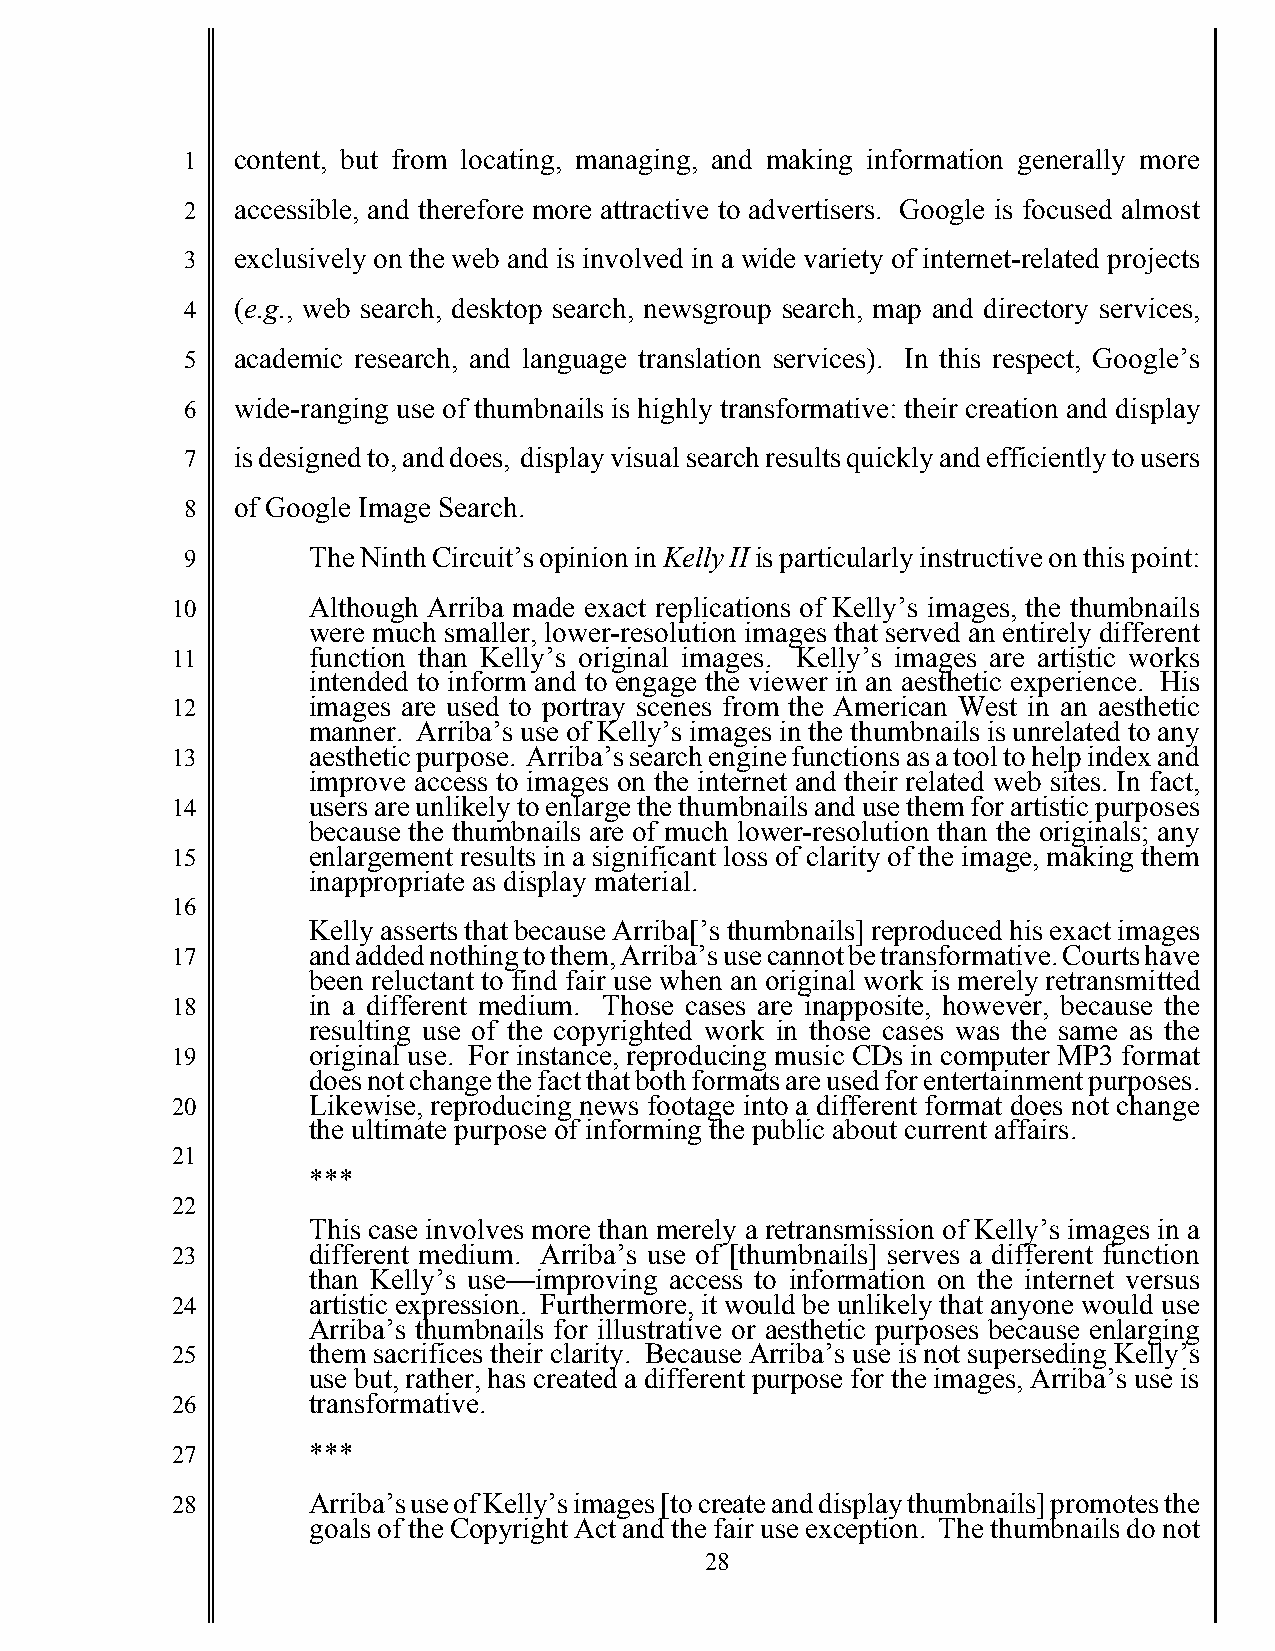
1   content, but from locating, managing, and making information generally more
 2   accessible, and therefore more attractive to advertisers. Google is focused almost
 3   exclusively on the web and is involved in a wide variety of internet-related projects
 4   (e.g., web search, desktop search, newsgroup search, map and directory services,
 5   academic research, and language translation services). In this respect, Google’s
 6   wide-ranging use of thumbnails is highly transformative: their creation and display
 7   is designed to, and does, display visual search results quickly and efficiently to users
 8   of Google Image Search.
 9       The Ninth Circuit’s opinion in Kelly II is particularly instructive on this point:
 10       Although Arriba made exact replications of Kelly’s images, the thumbnails
 were much smaller, lower-resolution images that served an entirely different
 11       function than Kelly’s original images. Kelly’s images are artistic works
 intended to inform and to engage the viewer in an aesthetic experience. His
 12       images are used to portray scenes from the American West in an aesthetic
 manner. Arriba’s use of Kelly’s images in the thumbnails is unrelated to any
 13       aesthetic purpose. Arriba’s search engine functions as a tool to help index and
 improve access to images on the internet and their related web sites. In fact,
 14       users are unlikely to enlarge the thumbnails and use them for artistic purposes
 because the thumbnails are of much lower-resolution than the originals; any
 15       enlargement results in a significant loss of clarity of the image, making them
 inappropriate as display material.
 16
 Kelly asserts that because Arriba[’s thumbnails] reproduced his exact images
 17       and added nothing to them, Arriba’s use cannot be transformative. Courts have
 been reluctant to find fair use when an original work is merely retransmitted
 18       in a different medium. Those cases are inapposite, however, because the
 resulting use of the copyrighted work in those cases was the same as the
 19       original use. For instance, reproducing music CDs in computer MP3 format
 does not change the fact that both formats are used for entertainment purposes.
 20       Likewise, reproducing news footage into a different format does not change
 the ultimate purpose of informing the public about current affairs.
 21
 ***
 22
 This case involves more than merely a retransmission of Kelly’s images in a
 23       different medium. Arriba’s use of [thumbnails] serves a different function
 than Kelly’s use—improving access to information on the internet versus
 24       artistic expression. Furthermore, it would be unlikely that anyone would use
 Arriba’s thumbnails for illustrative or aesthetic purposes because enlarging
 25       them sacrifices their clarity. Because Arriba’s use is not superseding Kelly’s
 use but, rather, has created a different purpose for the images, Arriba’s use is
 26       transformative.
 27       ***
 28       Arriba’s use of Kelly’s images [to create and display thumbnails] promotes the
 goals of the Copyright Act and the fair use exception. The thumbnails do not
 28